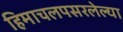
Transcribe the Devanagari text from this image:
हिमाचलपसरलेल्या